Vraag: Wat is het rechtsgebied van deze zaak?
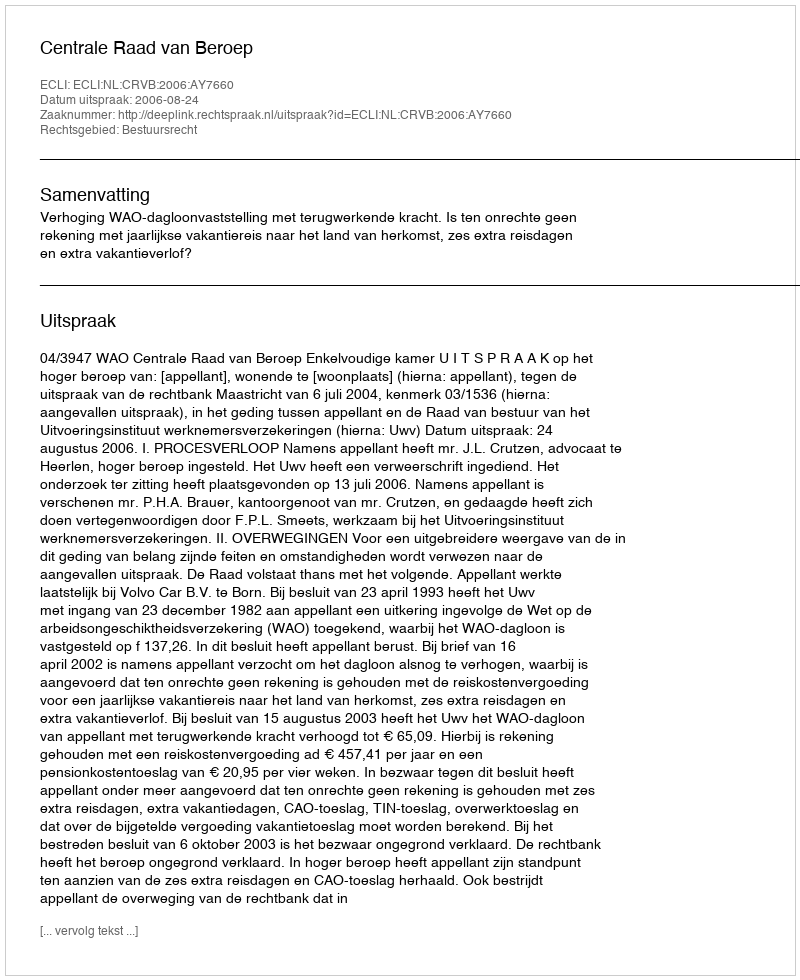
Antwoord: Bestuursrecht